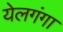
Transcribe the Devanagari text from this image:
येलगंगा